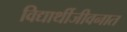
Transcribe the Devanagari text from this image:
विद्यार्थीजीवनात